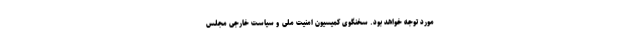
مورد توجه خواهد بود. سخنگوی کمیسیون امنیت ملی و سیاست خارجی مجلس